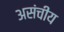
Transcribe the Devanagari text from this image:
असंचीय